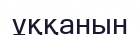
ұққанын